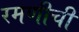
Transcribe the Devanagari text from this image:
रमणीची